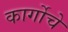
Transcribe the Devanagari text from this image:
कार्गोचे